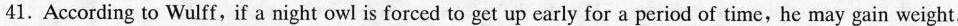
41. According to Wulff, if a night owl is forced to get up early for a period of time, he may gain weight.